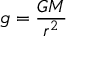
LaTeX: g = { \frac { G M } { r ^ { 2 } } }